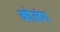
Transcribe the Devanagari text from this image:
कोलंग